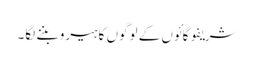
شریفو گائوں کے لوگوں کا ہیرو بننے لگا۔